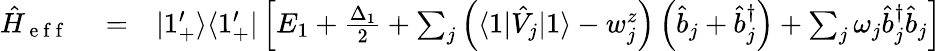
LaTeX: \begin{array}{rlr}{\hat{H}_{\mathrm{~e~f~f~}}}&{{}=}&{|1_{+}^{\prime}\rangle\langle 1_{+}^{\prime}|\left[E_{1}+\frac{\Delta_{1}}{2}+\sum_{j}\left(\langle 1|\hat{V}_{j}|1\rangle-w_{j}^{z}\right)\left(\hat{b}_{j}+\hat{b}_{j}^{\dagger}\right)+\sum_{j}\omega_{j}\hat{b}_{j}^{\dagger}\hat{b}_{j}\right]}\end{array}